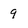
Character: 9